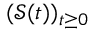
( \mathcal { S } ( t ) ) _ { t \geq 0 }